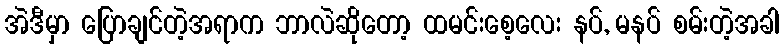
အဲဒီမှာ ပြောချင်တဲ့အရာက ဘာလဲဆိုတော့ ထမင်းစေ့လေး နပ်, မနပ် စမ်းတဲ့အခါ